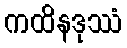
ကထိနဒုဿံ